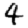
Digit: 4